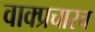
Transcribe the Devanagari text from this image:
वाक्प्रचारच